Report on enteric fever
Disease focus: Fever
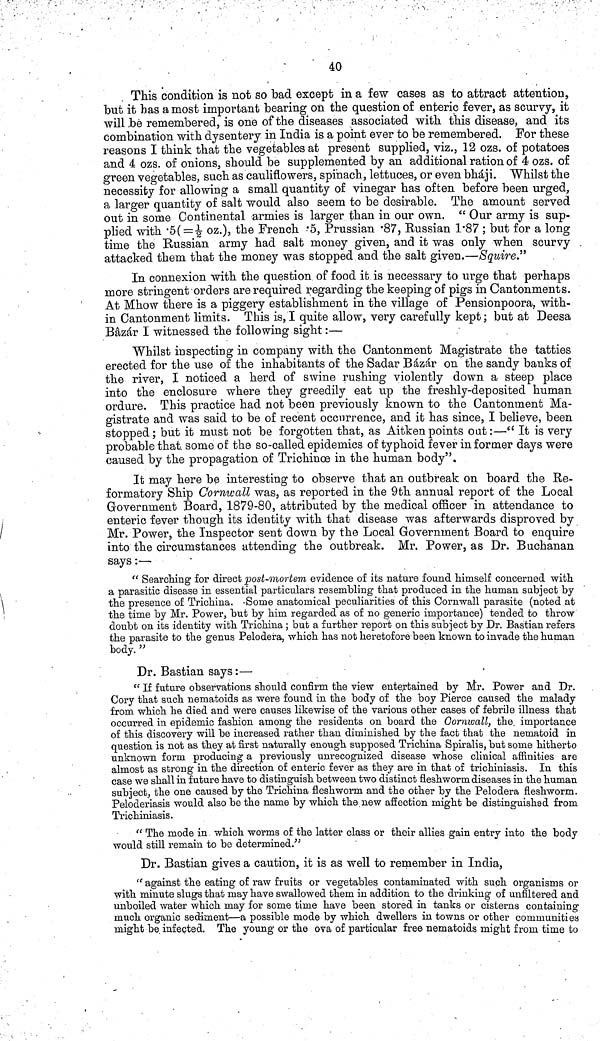
40
This condition is not so bad except in a few cases as to attract attention,
but it has a most important bearing on the question of enteric fever, as scurvy, it
will be remembered, is one of the diseases associated with this disease, and its
combination with dysentery in India is a point ever to be remembered. For these
reasons I think that the vegetables at present supplied, viz., 12 ozs. of potatoes
and 4 ozs. of onions, should be supplemented by an additional ration of 4 ozs. of
green vegetables, such as cauliflowers, spinach, lettuces, or even bháji. Whilst the
necessity for allowing a small quantity of vinegar has often before been urged,
a larger quantity of salt would also seem to be desirable. The amount served
out in some Continental armies is larger than in our own. "Our army is sup-
plied with 5( = ½ oz.), the French 5, Prussian 87, Eussian 1·87 ; but for a long
time the Russian army had salt money given, and it was only when scurvy
attacked them that the money was stopped and the salt given.—Squire"
In connexion with the question of food it is necessary to urge that perhaps
more stringent orders are required regarding the keeping of pigs in Cantonments.
At Mhow there is a piggery establishment in the village of Pensionpoora, with-
in Cantonment limits. This is, I quite allow, very carefully kept; but at Deesa
Bâzár I witnessed the following sight:—
Whilst inspecting in company with the Cantonment Magistrate the tatties
erected for the use of the inhabitants of the Sadar Bázár on the sandy banks of
the river, I noticed a herd of swine rushing violently down a steep place
into the enclosure where they greedily eat up the freshly-deposited human
ordure. This practice had not been previously known to the Cantonment Ma-
gistrate and was said to be of recent occurrence, and it has since, I believe, been
stopped; but it must not be forgotten that, as Aitken points out:—"It is very
probable that some of the so-called epidemics of typhoid fever informer days were
caused by the propagation of Trichinœ in the human body".
It may here be interesting to observe that an outbreak on board the Re-
formatory Ship Cornwall was, as reported in the 9th annual report of the Local
Government Board, 1879-80, attributed by the medical officer in attendance to
enteric fever though its identity with that disease was afterwards disproved by
Mr. Power, the Inspector sent down by the Local Government Board to enquire
into the circumstances attending the outbreak. Mr. Power, as Dr. Buchanan
says:—
"Searching for direct post-mortem evidence of its nature found himself concerned with
a parasitic disease in essential particulars resembling that produced in the human subject by
the presence of Trichina. Some anatomical peculiarities of this Cornwall parasite (noted at
the time by Mr. Power, but by him regarded as of no generic importance) tended to throw
doubt on its identity with Trichina ; but a further report on this subject by Dr. Bastian refers
the parasite to the genus Pelodera, which has not heretofore been known to invade the human
body."
Dr. Bastian says:—
"If future observations should confirm the view entertained by Mr. Power and Dr.
Cory that such nematoids as were found in the body of the boy Pierce caused the malady
from which he died and were causes likewise of the various other cases of febrile illness that
occurred in epidemic fashion among the residents on board the Cornwall, the importance
of this discovery will be increased rather than diminished by the fact that the nematoid in
question is not as they at first naturally enough supposed Trichina Spiralis, but some hitherto
unknown form producing a previously unrecognized disease whose clinical affinities are
almost as strong in the direction of enteric fever as they are in that of trichiniasis. In this
case we shall in future have to distinguish between two distinct fleshworm diseases in the human
subject, the one caused by the Trichina fleshworm and the other by the Pelodera fleshworm.
Peloderiasis would also be the name by which the new affection might be distinguished from
Trichiniasis.
"The mode in which worms of the latter class or their allies gain entry into the body
would still remain to be determined."
Dr. Bastian gives a caution, it is as well to remember in India,
"against the eating of raw fruits or vegetables contaminated with such organisms or
with minute slugs that may have swallowed them in addition to the drinking of unfiltered and
unboiled water which may for some time have been stored in tanks or cisterns containing
much organic sediment—a possible mode by which dwellers in towns or other communities
might be infected. The young or the ova of particular free nematoids might from time to